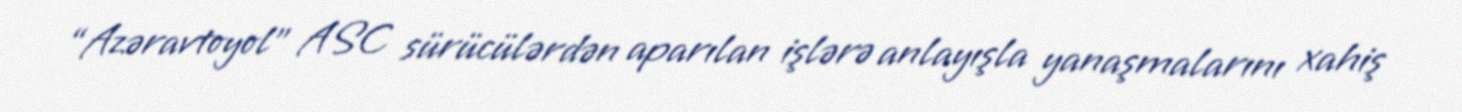
“Azəravtoyol” ASC sürücülərdən aparılan işlərə anlayışla yanaşmalarını xahiş